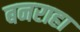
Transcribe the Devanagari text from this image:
बनराहा